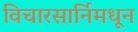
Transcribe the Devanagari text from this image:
विचारसार्निमधून